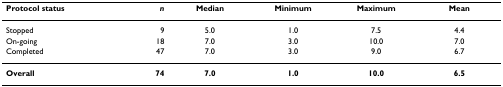
<table><thead><tr><td><b>Protocol status</b></td><td><b><i>n</i></b></td><td><b>Median</b></td><td><b>Minimum</b></td><td><b>Maximum</b></td><td><b>Mean</b></td></tr></thead><tbody><tr><td>Stopped</td><td>9</td><td>5.0</td><td>1.0</td><td>7.5</td><td>4.4</td></tr><tr><td>On-going</td><td>18</td><td>7.0</td><td>3.0</td><td>10.0</td><td>7.0</td></tr><tr><td>Completed</td><td>47</td><td>7.0</td><td>3.0</td><td>9.0</td><td>6.7</td></tr><tr><td><b>Overall</b></td><td><b>74</b></td><td><b>7.0</b></td><td><b>1.0</b></td><td><b>10.0</b></td><td><b>6.5</b></td></tr></tbody></table>